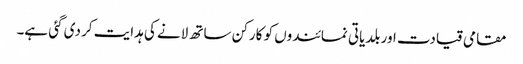
مقامی قیادت اور بلدیاتی نمائندوں کو کارکن ساتھ لانے کی ہدایت کر دی گئی ہے۔